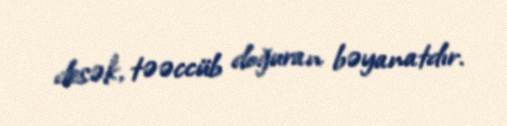
desək, təəccüb doğuran bəyanatdır.